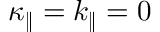
\kappa _ { \| } = k _ { \| } = 0